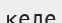
келе